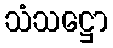
သံသဋ္ဌော